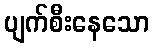
ပျက်စီးနေသော